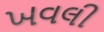
ખવલી